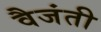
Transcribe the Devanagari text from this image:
वैजंती